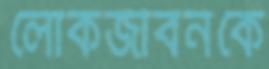
লোকজীবনকে